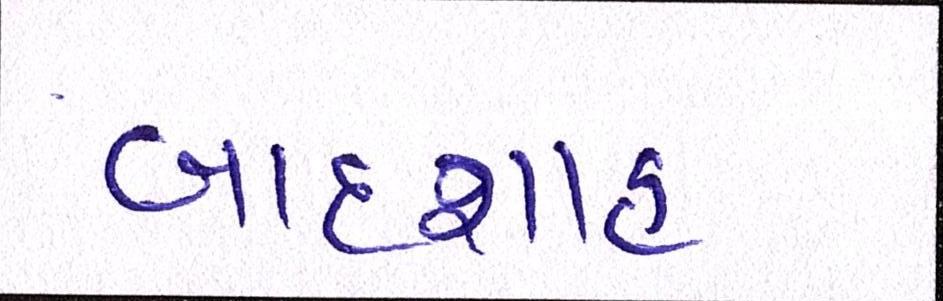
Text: બાદશાહ